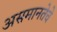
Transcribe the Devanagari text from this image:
असमानतेचे